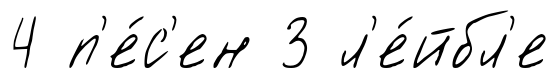
4 п'е́с'ен 3 л'е́йбл'е